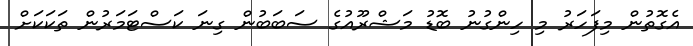
އެގޮތުން މިފަހަރު މި ހިންގުނު ބޮޑު މަޝްރޫއުގެ ސަބަބުން ގިނަ ކަސްޓަމަރުން ތަކަކަށް